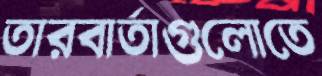
তারবার্তাগুলোতে